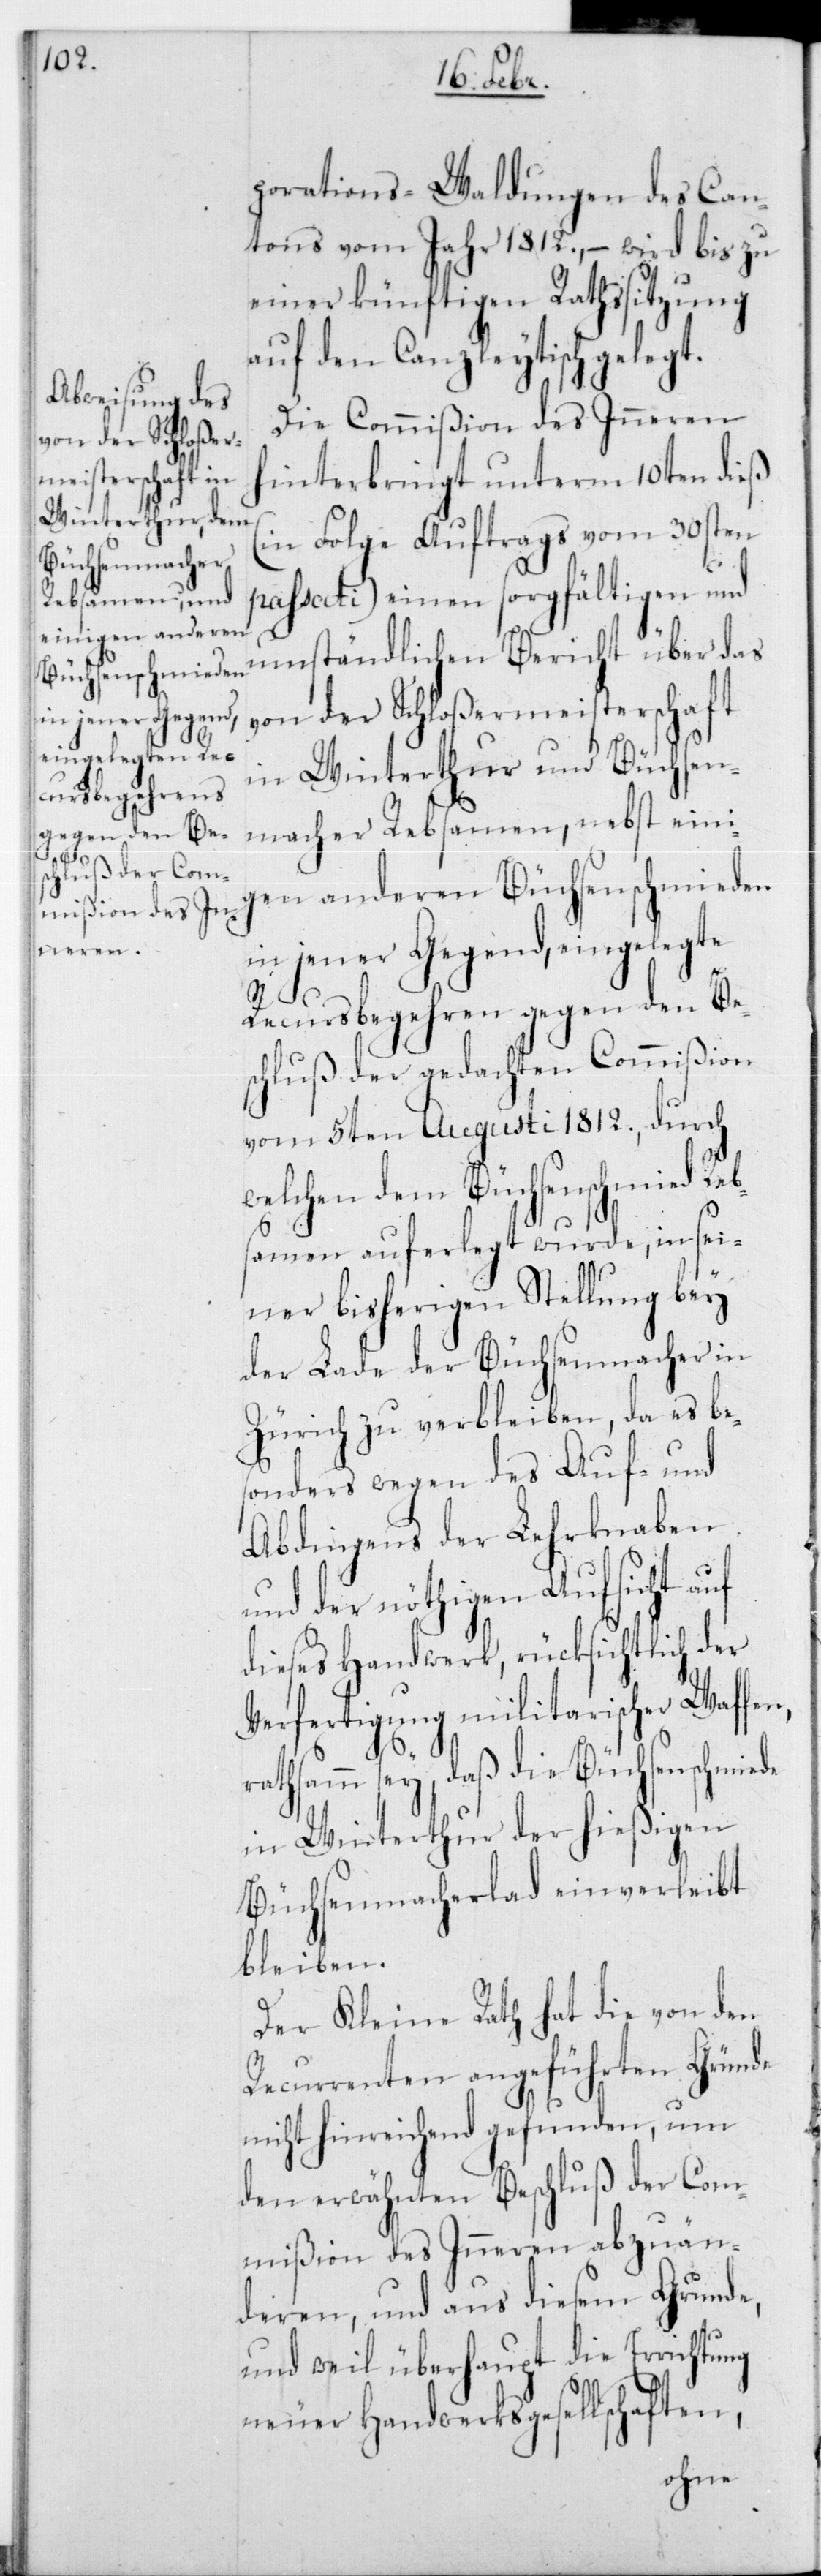
n,

porations-Waldungen des Can¬
tons vom Jahr 1812, – wird bis zu
einer künftigen Rathssitzung
auf den Canzleytisch gelegt.
Die Commißion des Innern
hinterbringt unterm 10ten dieß
(in Folge Auftrags vom 30sten
passati) einen sorgfältigen und
umständlichen Bericht über das
von der Schloßermeisterschaft
in Winterthur und Büchsen¬
macher Rebsamen, nebst eini¬
gen anderen Büchsenschmieden
in jener Gegend, eingelegte
Recursbegehren gegen den Be¬
schluß der gedachten Commißion
vom 5ten Augusti 1812, durch
welchen dem Büchsenschmied Re¬
amen auferlegt wurde, in sei¬
ner bisherigen Stellung bey
der Lade der Büchsenmacher in
Zürich zu verbleiben, da es bes¬
onders wegen des Auf- und
Abdingens der Lehrknaben
und der nöthigen Aufsicht auf
dieses Handwerk, rücksichtlich der
Verfertigung militarischer Waffe¬
rathsam sey, daß die Büchsenschmiede
in Winterthur der hießigen
Büchsenmacherlad einverleibt
bleiben.
Der Kleine Rath hat die von den
Recurrenten angeführten Gründe
nicht hinreichend gefunden, um
den erwähnten Beschluß der Com¬
mißion des Innern abzuän¬
deren, und aus diesem Grunde,
und weil überhaupt die Errichtung
neuer Handwerksgesellschaften,